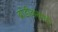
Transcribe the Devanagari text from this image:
ब्रांडीकरणसे